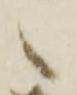
へ